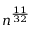
n ^ { \frac { 1 1 } { 3 2 } }